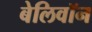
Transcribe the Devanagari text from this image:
बेलिवॉन